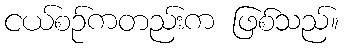
ငယ်စဉ်ကတည်းက ဖြစ်သည်။